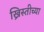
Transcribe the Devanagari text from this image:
ख्रिस्तीच्या